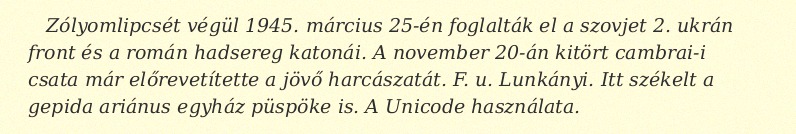
Zólyomlipcsét végül 1945. március 25-én foglalták el a szovjet 2. ukrán front és a román hadsereg katonái. A november 20-án kitört cambrai-i csata már előrevetítette a jövő harcászatát. F. u. Lunkányi. Itt székelt a gepida ariánus egyház püspöke is. A Unicode használata.